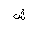
Letter: _shin